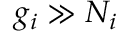
g _ { i } \gg N _ { i }